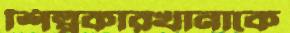
শিল্পকারখানাকে